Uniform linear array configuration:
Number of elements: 8
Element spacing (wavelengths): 0.25
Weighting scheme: kaiser
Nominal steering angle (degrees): -30
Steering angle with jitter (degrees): -30.11
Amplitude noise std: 0.05
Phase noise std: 0.05

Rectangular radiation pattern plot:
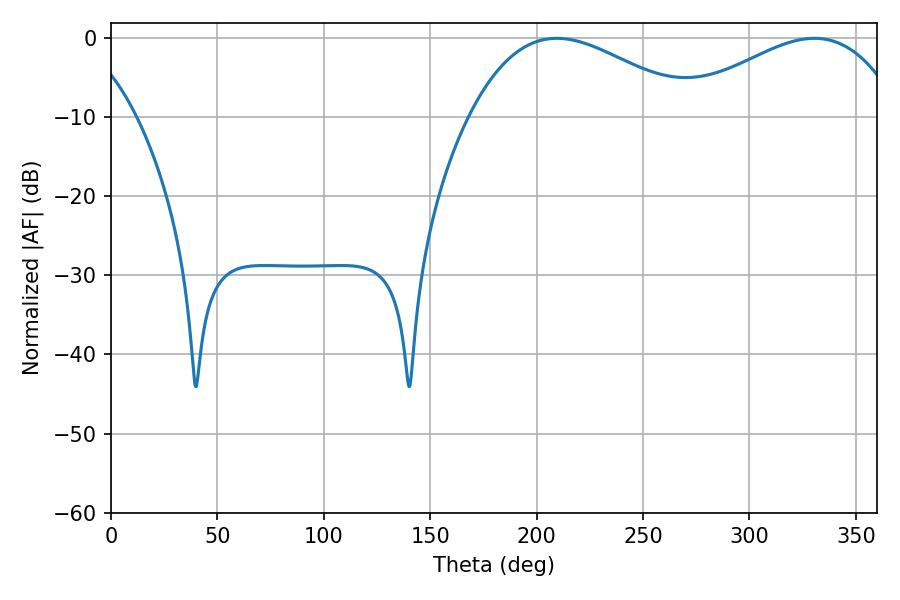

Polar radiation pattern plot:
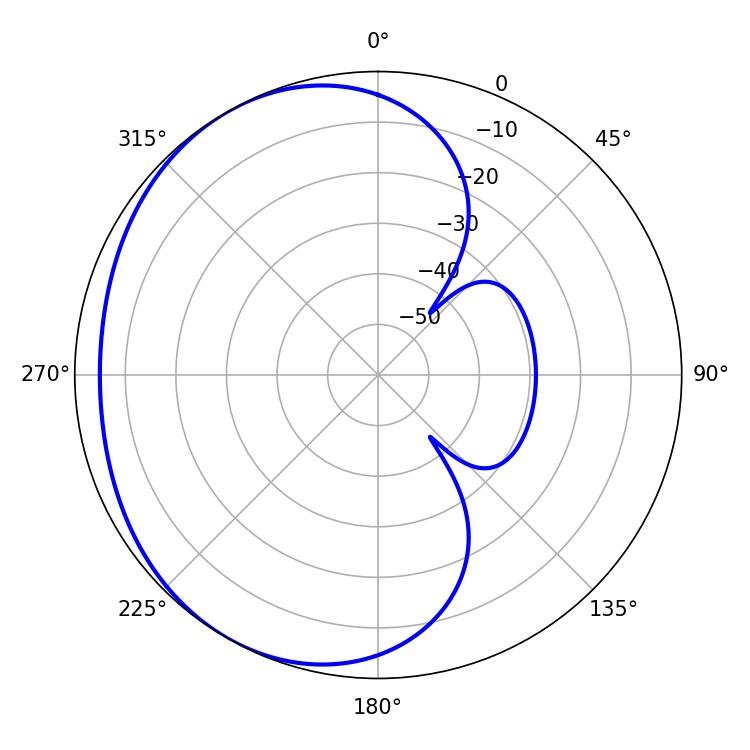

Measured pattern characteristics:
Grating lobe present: FALSE
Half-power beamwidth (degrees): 57.6
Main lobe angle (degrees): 330.48